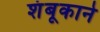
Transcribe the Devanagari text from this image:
शंबूकाने